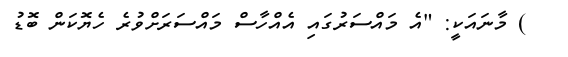
) މާނައަކީ: "އެ މައްސަރުގައި އެއްހާސް މައްސަރަށްވުރެ ހެޔޮކަން ބޮޑު